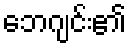
ဘေဂျင်း၏